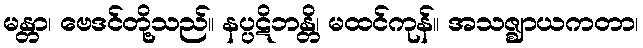
မန္တာ၊ ဗေဒင်တို့သည်။ နပ္ပဋိဘန္တိ၊ မထင်ကုန်။ အသဇ္ဈာယကတာ၊